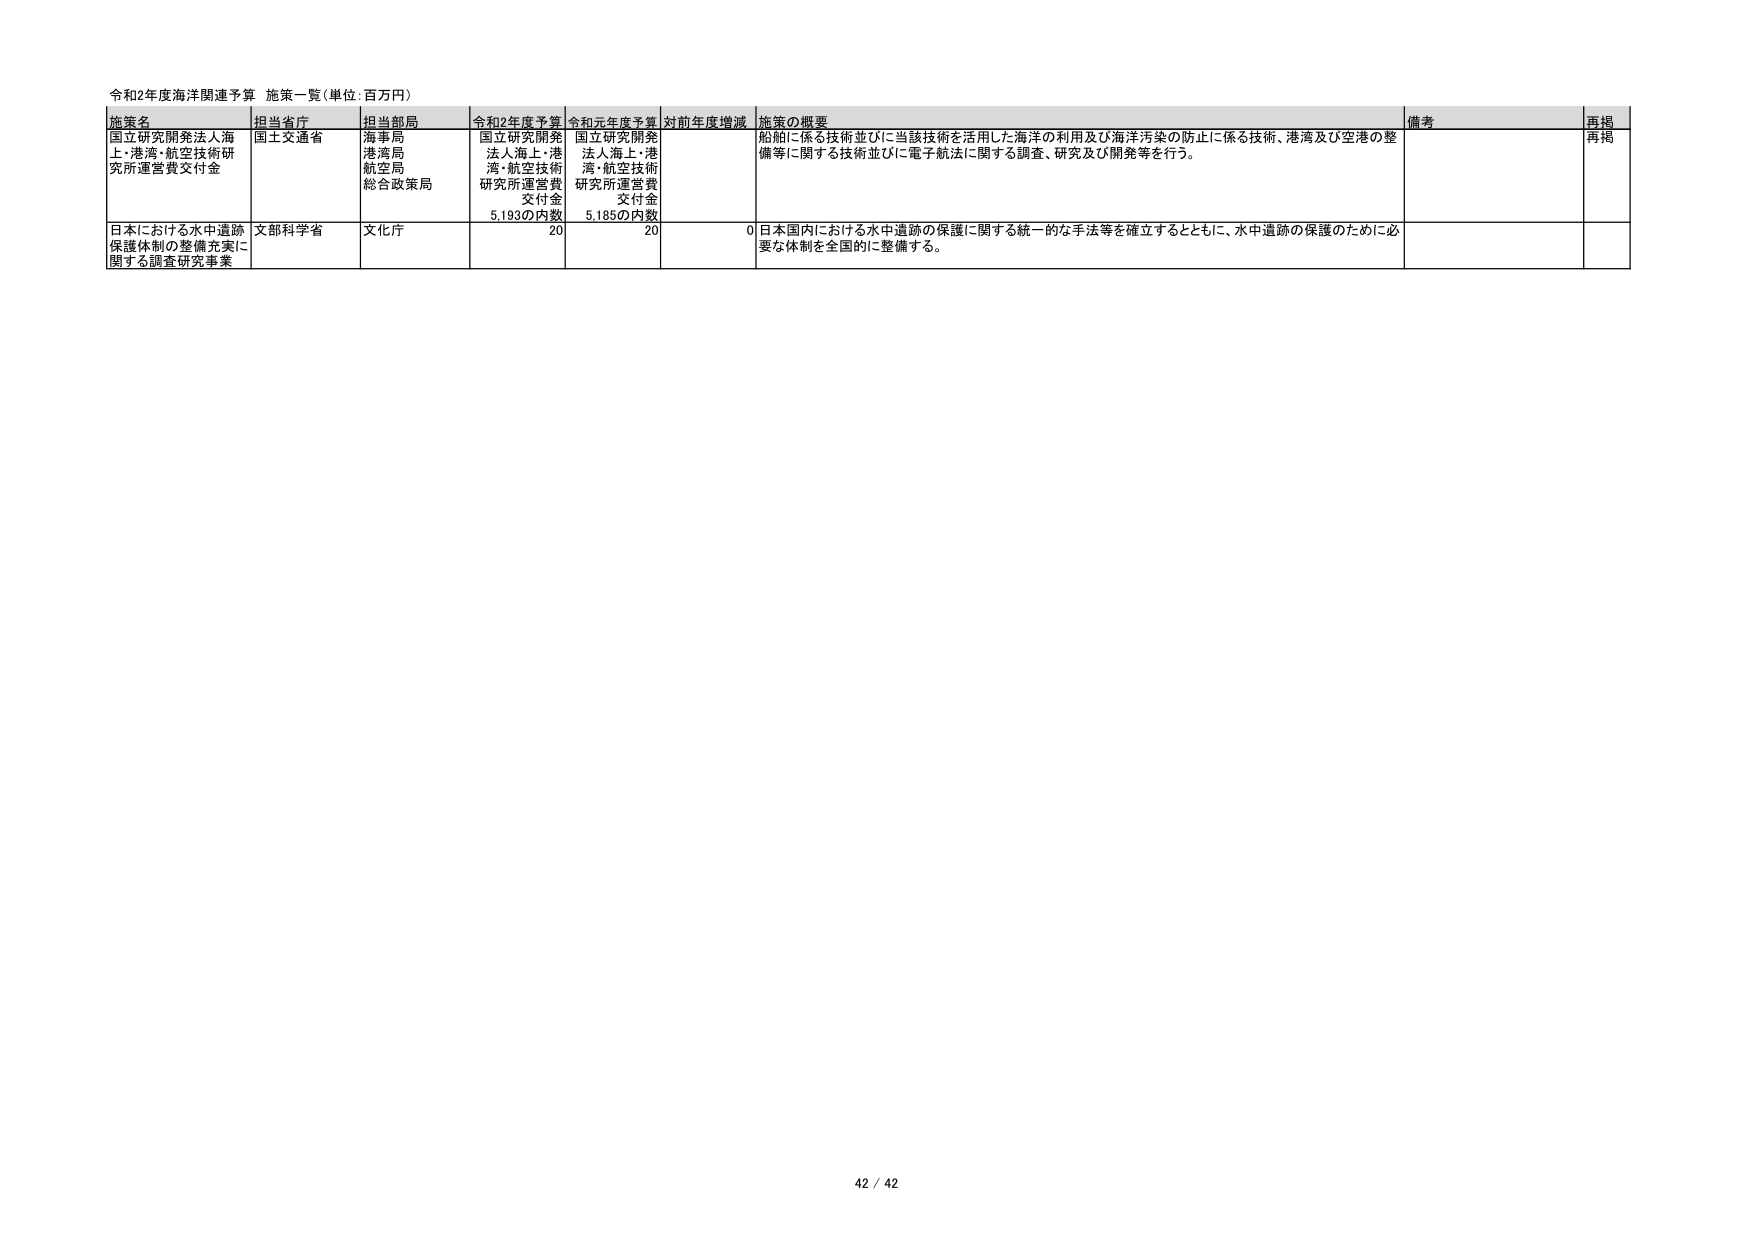
令和2年度海洋関連予算 施策一覧（単位：百万円）

施策名 担当省庁 担当部局 令和2年度予算 令和元年度予算 対前年度増減 施策の概要 備考 再掲

国立研究開発法人海上・港湾・航空技術研究所運営費交付金 国土交通省 海事局 港湾局 航空局 総合政策局 国立研究開発法人海上・港湾・航空技術研究所運営費交付金 5,193の内数 国立研究開発法人海上・港湾・航空技術研究所運営費交付金 5,185の内数 船舶に係る技術並びに当該技術を活用した海洋の利用及び海洋汚染の防止に係る技術、港湾及び空港の整備等に関する技術並びに電子航法に関する調査、研究及び開発等を行う。 再掲

日本における水中遺跡保護体制の整備充実に関する調査研究事業 文部科学省 文化庁 20 20 0 日本国内における水中遺跡の保護に関する統一的な手法等を確立するとともに、水中遺跡の保護のために必要な体制を全国的に整備する。

42 / 42